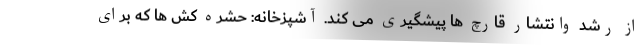
از رشد وانتشار قارچ ها پیشگیری می کند. آشپزخانه: حشره کش ها که برای